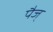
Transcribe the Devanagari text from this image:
पैज्